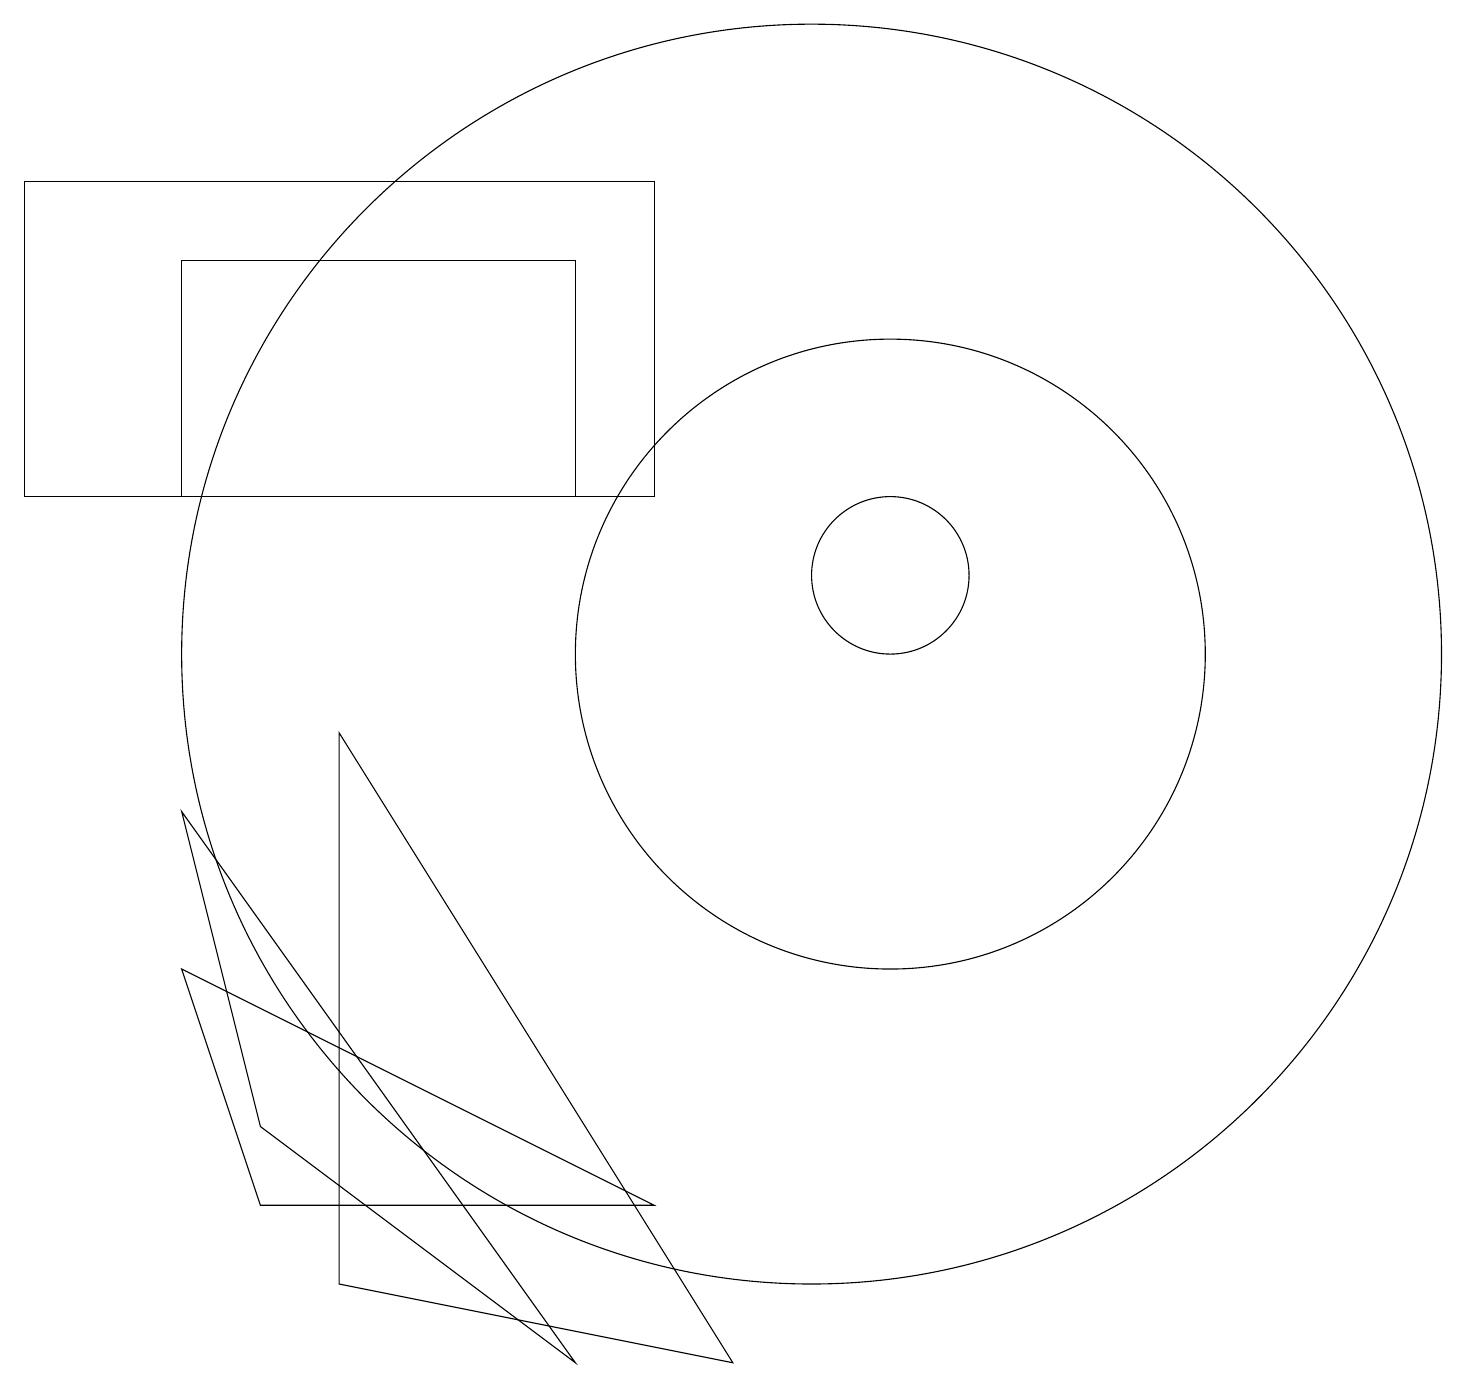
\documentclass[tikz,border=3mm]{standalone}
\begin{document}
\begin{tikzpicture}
\draw (11,10) circle (4);
\draw (11,11) circle (1);
\draw (7,12) rectangle (2,15);
\draw (3,3) -- (8,3) -- (2,6) -- cycle;
\draw (7,1) -- (2,8) -- (3,4) -- cycle;
\draw (10,10) circle (8);
\draw (0,12) rectangle (8,16);
\draw (4,2) -- (9,1) -- (4,9) -- cycle;
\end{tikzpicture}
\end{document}